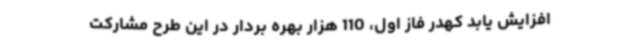
افزایش یابد کهدر فاز اول، 110 هزار بهره‌ بردار در این طرح مشارکت